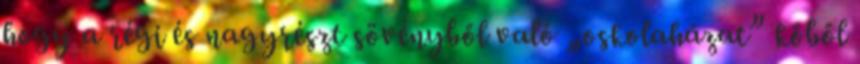
hogy a régi és nagyrészt sövényből való „oskolaházat” kőből